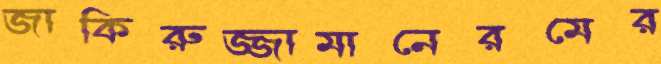
জাকিরুজ্জামানেরমের